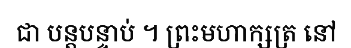
ជា បន្តបន្ទាប់ ។ ព្រះមហាក្សត្រ នៅ